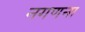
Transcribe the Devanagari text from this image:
नगणना